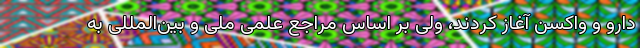
دارو و واکسن آغاز کردند، ولی بر اساس مراجع علمی ملی و بین‌المللی به